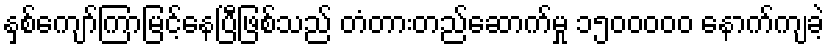
နှစ်ကျော်ကြာမြင့်နေပြီဖြစ်သည် တံတားတည်ဆောက်မှု ၁၅၀၀ဝဝဝ နောက်ကျခဲ့